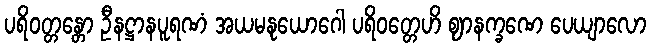
ပရိဝတ္တန္တော ဦနဋ္ဌာနပူရဏံ အယမနုယောဂေါ ပရိဝတ္တေဟိ ဈာနက္ခဏေ ပေယျာလော